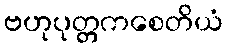
ဗဟုပုတ္တကစေတိယံ